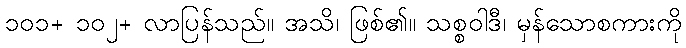
၁၀၁+ ၁၀၂+ လာပြန်သည်။ အသိ၊ ဖြစ်၏။ သစ္စဝါဒီ၊ မှန်သောစကားကို